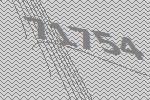
71754